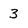
Character: 3